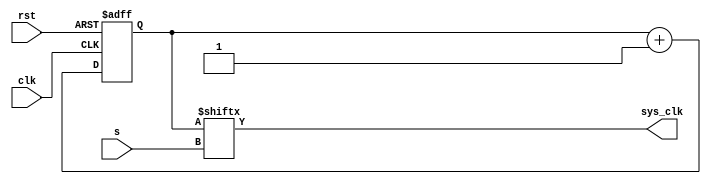
`timescale 1ns / 1ps
//////////////////////////////////////////////////////////////////////////////////
// Company: 
// Engineer: 
// 
// Design Name: 
// Module Name: clk_manager
// Project Name: 
// Target Devices: 
// Tool Versions: 
// Description: 
// 
// Dependencies: 
// 
// Revision:
// Revision 0.01 - File Created
// Additional Comments:
// 
//////////////////////////////////////////////////////////////////////////////////


module clk_manager
        (
        input clk,
        input rst,
        input [4:0] s,
        output sys_clk //output
        );
        
        reg [31:0] tmp;
        //assign s[4] = 1;
        always@(posedge clk or posedge rst)
            begin                   
            if(rst)             
                tmp <=0;        
            else                
                tmp <= tmp+1;   
        end                     
                                
        assign sys_clk = tmp[s];
endmodule